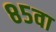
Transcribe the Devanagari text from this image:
८५वा